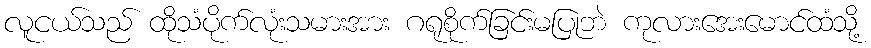
လူငယ်သည် ထိုသံပိုက်လုံးသမားအား ဂရုစိုက်ခြင်းမပြုဘဲ ကုလားအေးမောင်ထံသို့